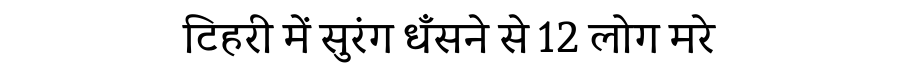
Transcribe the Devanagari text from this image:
टिहरी में सुरंग धँसने से 12 लोग मरे